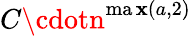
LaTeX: C\cdotn^{\operatorname*{ma\mathbf{x}}(a,2)}